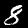
Digit: 8